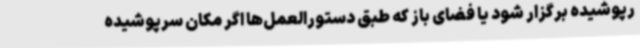
رپوشیده برگزار شود یا فضای باز که طبق دستورالعمل‌ها اگر مکان سرپوشیده